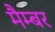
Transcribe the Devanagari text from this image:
मैम्बर